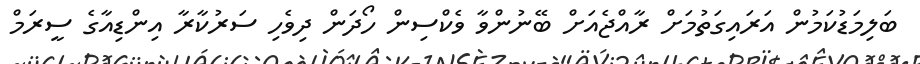
ބަލިމަޑުކަމުން އަރައިގަތުމަށް ރާއްޖެއަށް ބޭނުންވާ ވެކްސިން ހޯދަން ދިވެހި ސަރުކާރާ އިންޑިއާގެ ސީރަމް